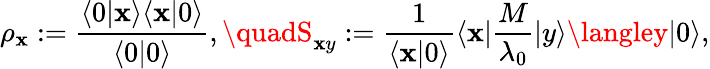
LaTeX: \rho_{\mathbf{x}}:=\frac{{\langle0|\mathbf{x}\rangle\langle\mathbf{x}|0\rangle}}{{\langle0|0\rangle}},\quadS_{\mathbf{x}y}:=\frac{{1}}{{\langle\mathbf{x}|0\rangle}}\langle\mathbf{x}|\frac{{M}}{{\lambda_{0}}}|y\rangle\langley|0\rangle,